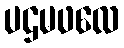
ပဌမဖလေ